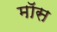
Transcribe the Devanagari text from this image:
माॅस